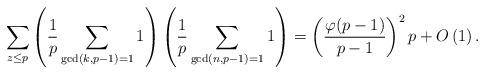
LaTeX: \begin{align*} \sum_{z \leq p} \left (\frac{1}{p}\sum_{\gcd(k,p-1)=1} 1\right )\left (\frac{1}{p}\sum_{\gcd(n,p-1)=1} 1\right )=\left (\frac{\varphi(p-1)}{p-1} \right )^2p+O\left(1\right) .\end{align*}